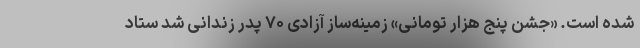
شده است. «جشن پنج هزار تومانی» زمینه‌ساز آزادی ۷۰ پدر زندانی شد ستاد